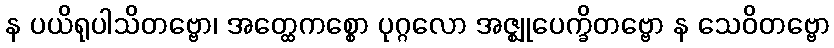
န ပယိရုပါသိတဗ္ဗော၊ အတ္ထေကစ္စော ပုဂ္ဂလော အဇ္ဈုပေက္ခိတဗ္ဗော န သေဝိတဗ္ဗော